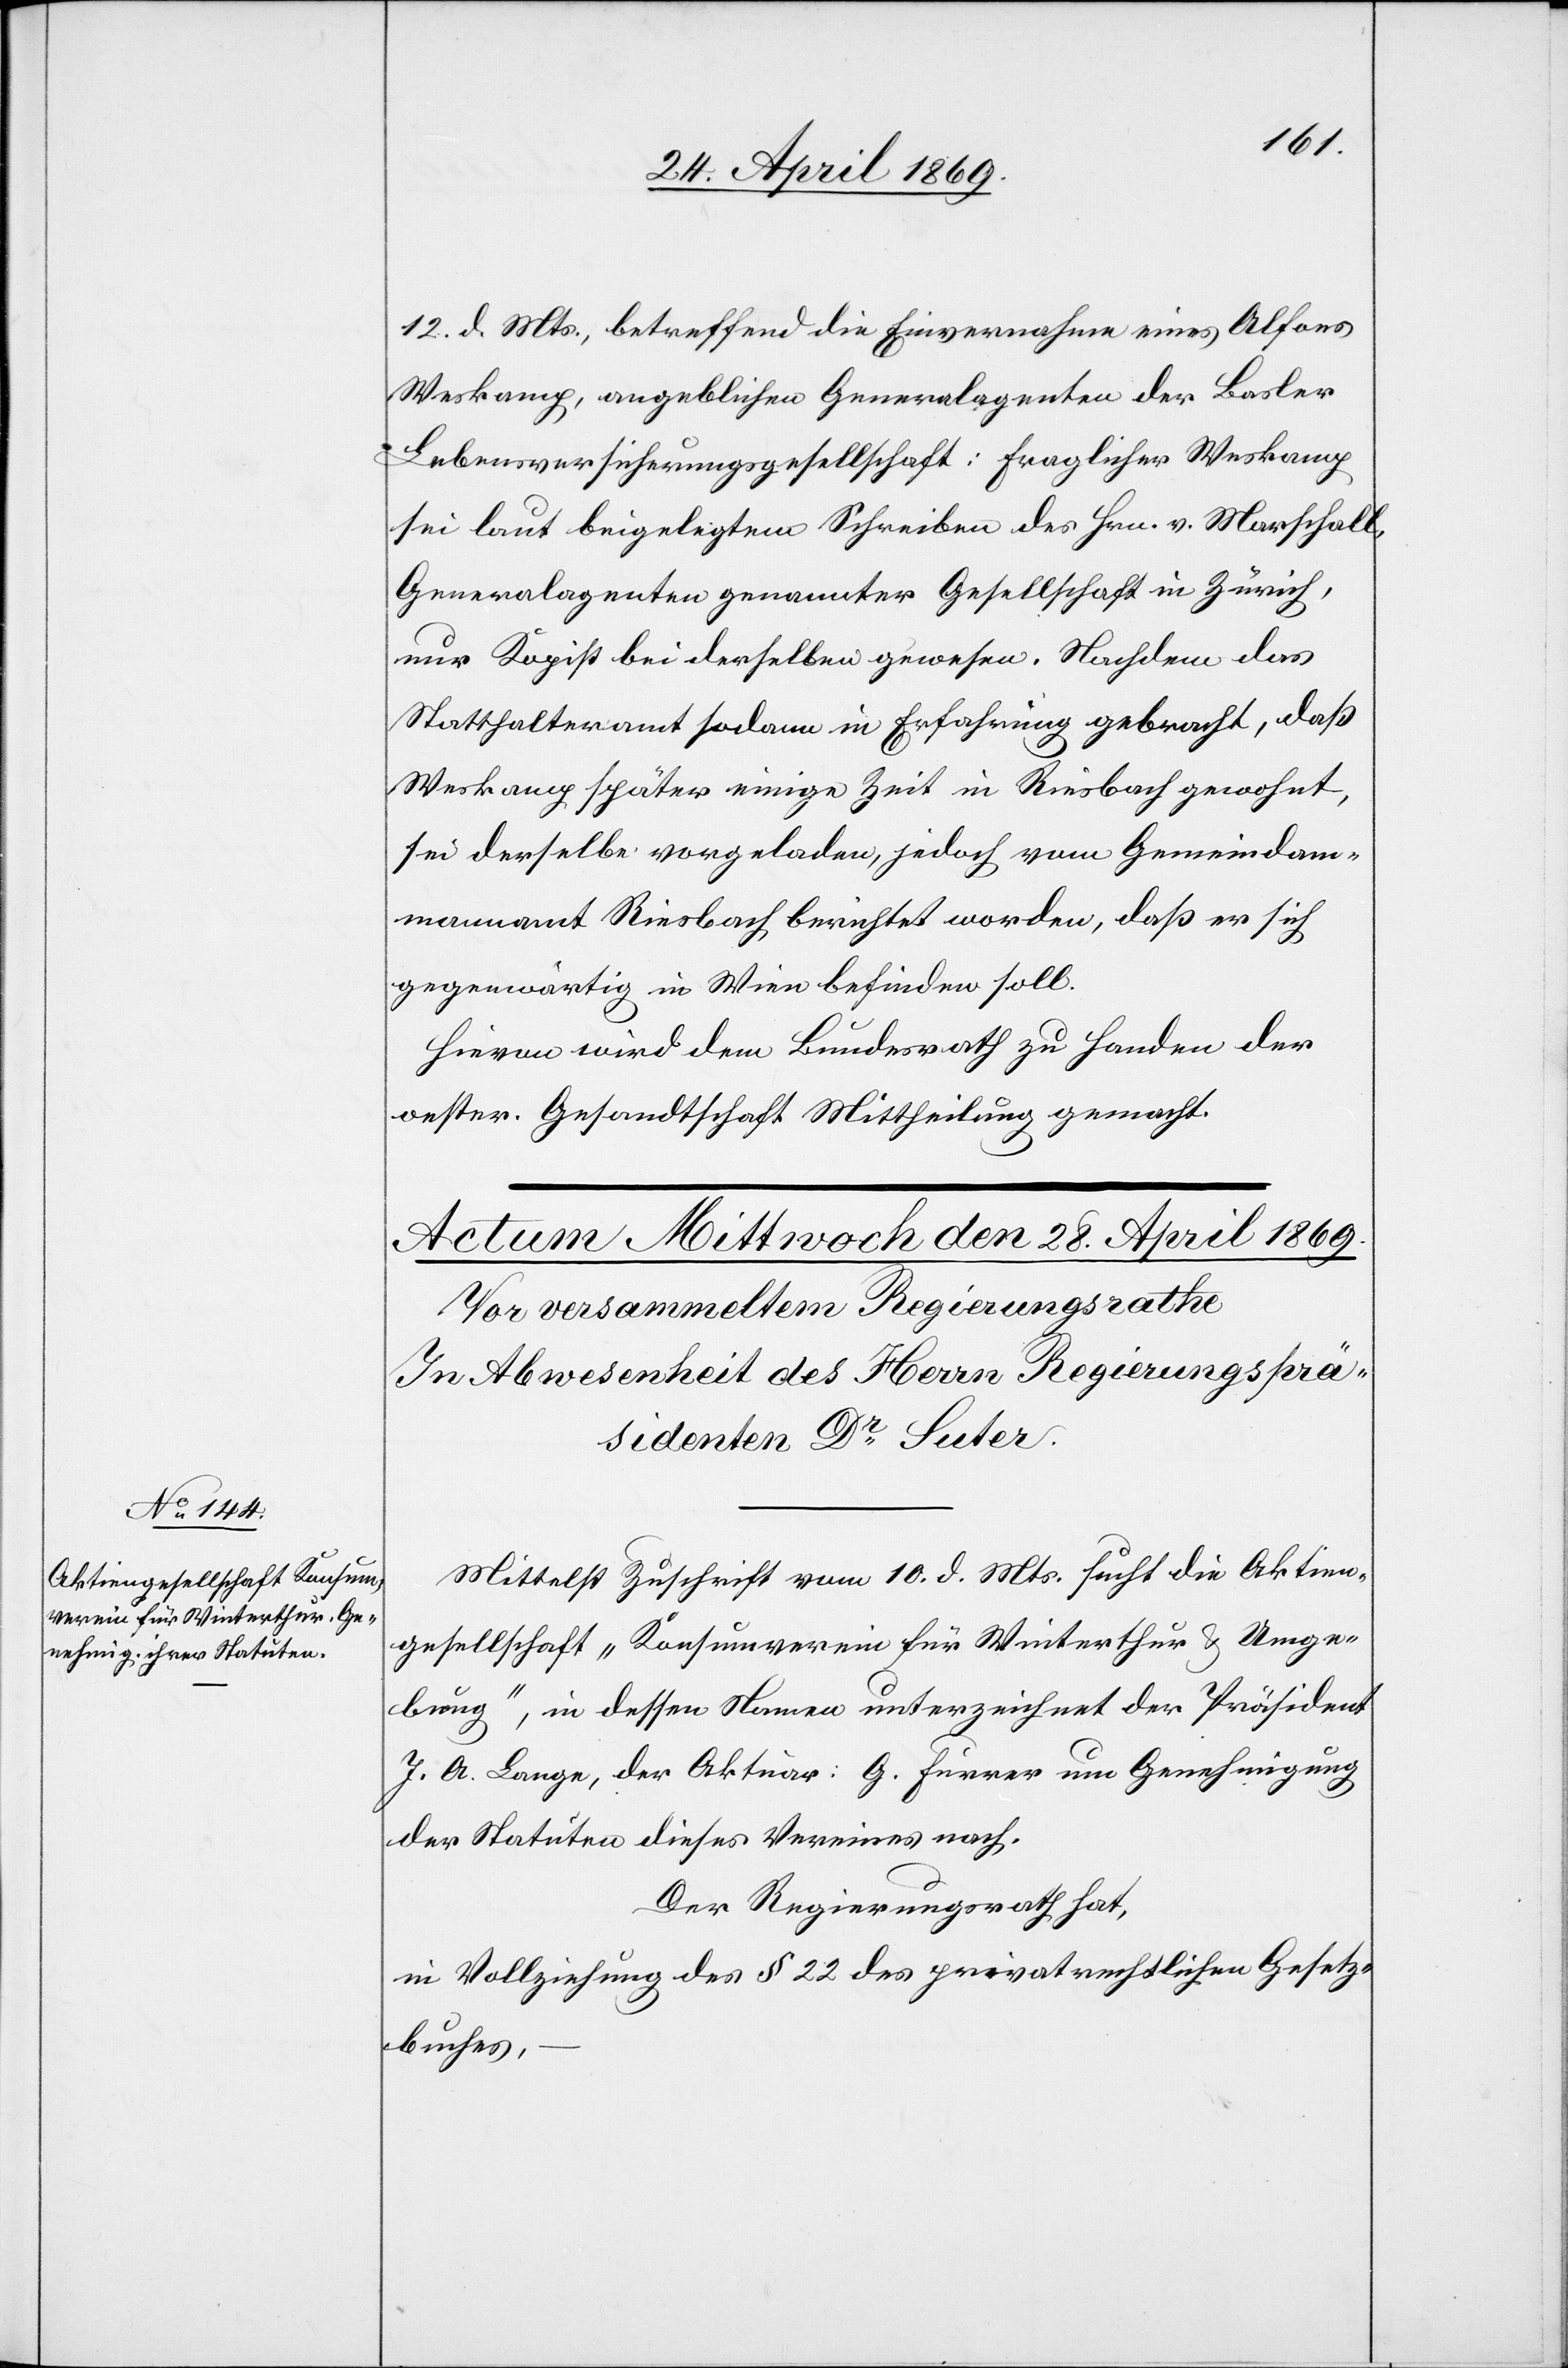
12. d. Mts., betreffend Einvernahme eines Alfons
Weskamp, angeblichen Generalagenten der Basler
Lebensversicherungsgesellschaft: fraglicher Weskamp
sei laut beigelegtem Schreiben des Hrn. v. Marschall,
Generalagenten genannter Gesellschaft in Zürich,
nur Kopist bei derselben gewesen. Nachdem das
Statthalteramt sodann in Erfahrung gebracht, daß
Weskamp später einige Zeit in Riesbach gewohnt,
sei derselbe vorgeladen, jedoch vom Gemeindam¬
mannamt Riesbach berichtet worden, daß er sich
gegenwärtig in Wien befinden soll.
Hievon wird den Bundesrath zu Handen der
oester. Gesandtschaft Mittheilung gemacht.
Mittelst Zuschrift vom 10. d. Mts. sucht die Aktien¬
gesellschaft „Konsumverein für Winterthur u. Umge¬
bung“, in dessen Namen unterzeichnet der Präsident
J. A. Lange, der Aktionär: G. Furrer um Genehmigung
der Statuten dieses Vereines nach.
Der Regierungsrath hat,
in Vollziehung des § 22 des privatrechtlichen Gesetz¬
buches,